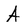
Character: A